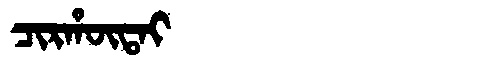
Manchu: ᠴᡳᡵᡥᡡᡨᠠᡳ
Romanization: CIRHŪTAI